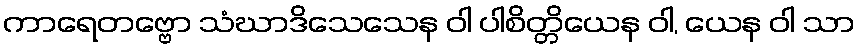
ကာရေတဗ္ဗော သံဃာဒိသေသေန ဝါ ပါစိတ္တိယေန ဝါ, ယေန ဝါ သာ